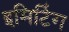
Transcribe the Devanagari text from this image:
इमिटिंग